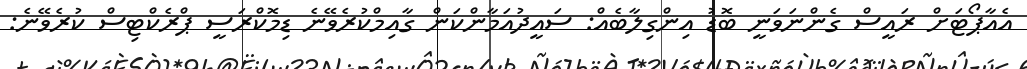
އެއާޕޯޓަށް ރައީސް ގެންނަވަނީ ބޮޑު އިންގިލާބެއް: ސައީދުއަމާންކަން ގާއިމްކުރެވޭނެ ޑިމޮކްރަސީ ޕްރެކްޓިސް ކުރެވޭނެ: